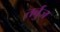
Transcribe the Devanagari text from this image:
तर्बुज